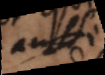
aussi